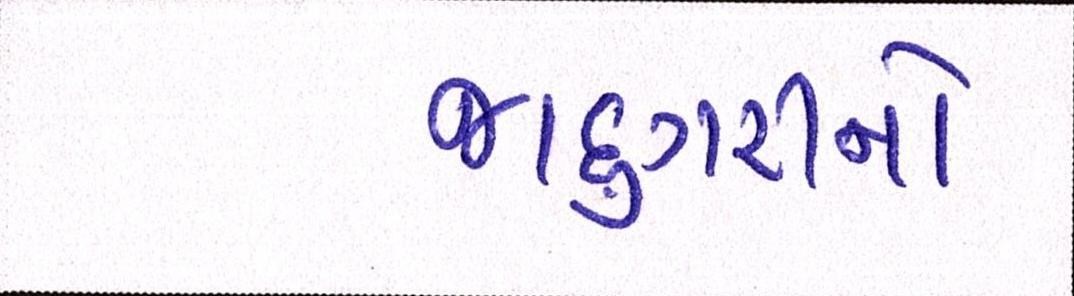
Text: જાદુગરીનો